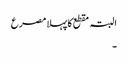
البتہ مقطع کا پہلا مصرع
۔